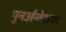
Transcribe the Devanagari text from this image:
पुनर्अन्वेशण